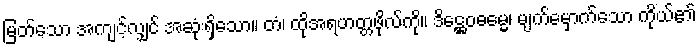
မြတ်သော အကျင့်လျှင် အဆုံးရှိသော။ တံ၊ ထိုအရဟတ္တဖိုလ်ကို။ ဒိဋ္ဌေဝဓမ္မေ၊ မျက်မှောက်သော ကိုယ်၏